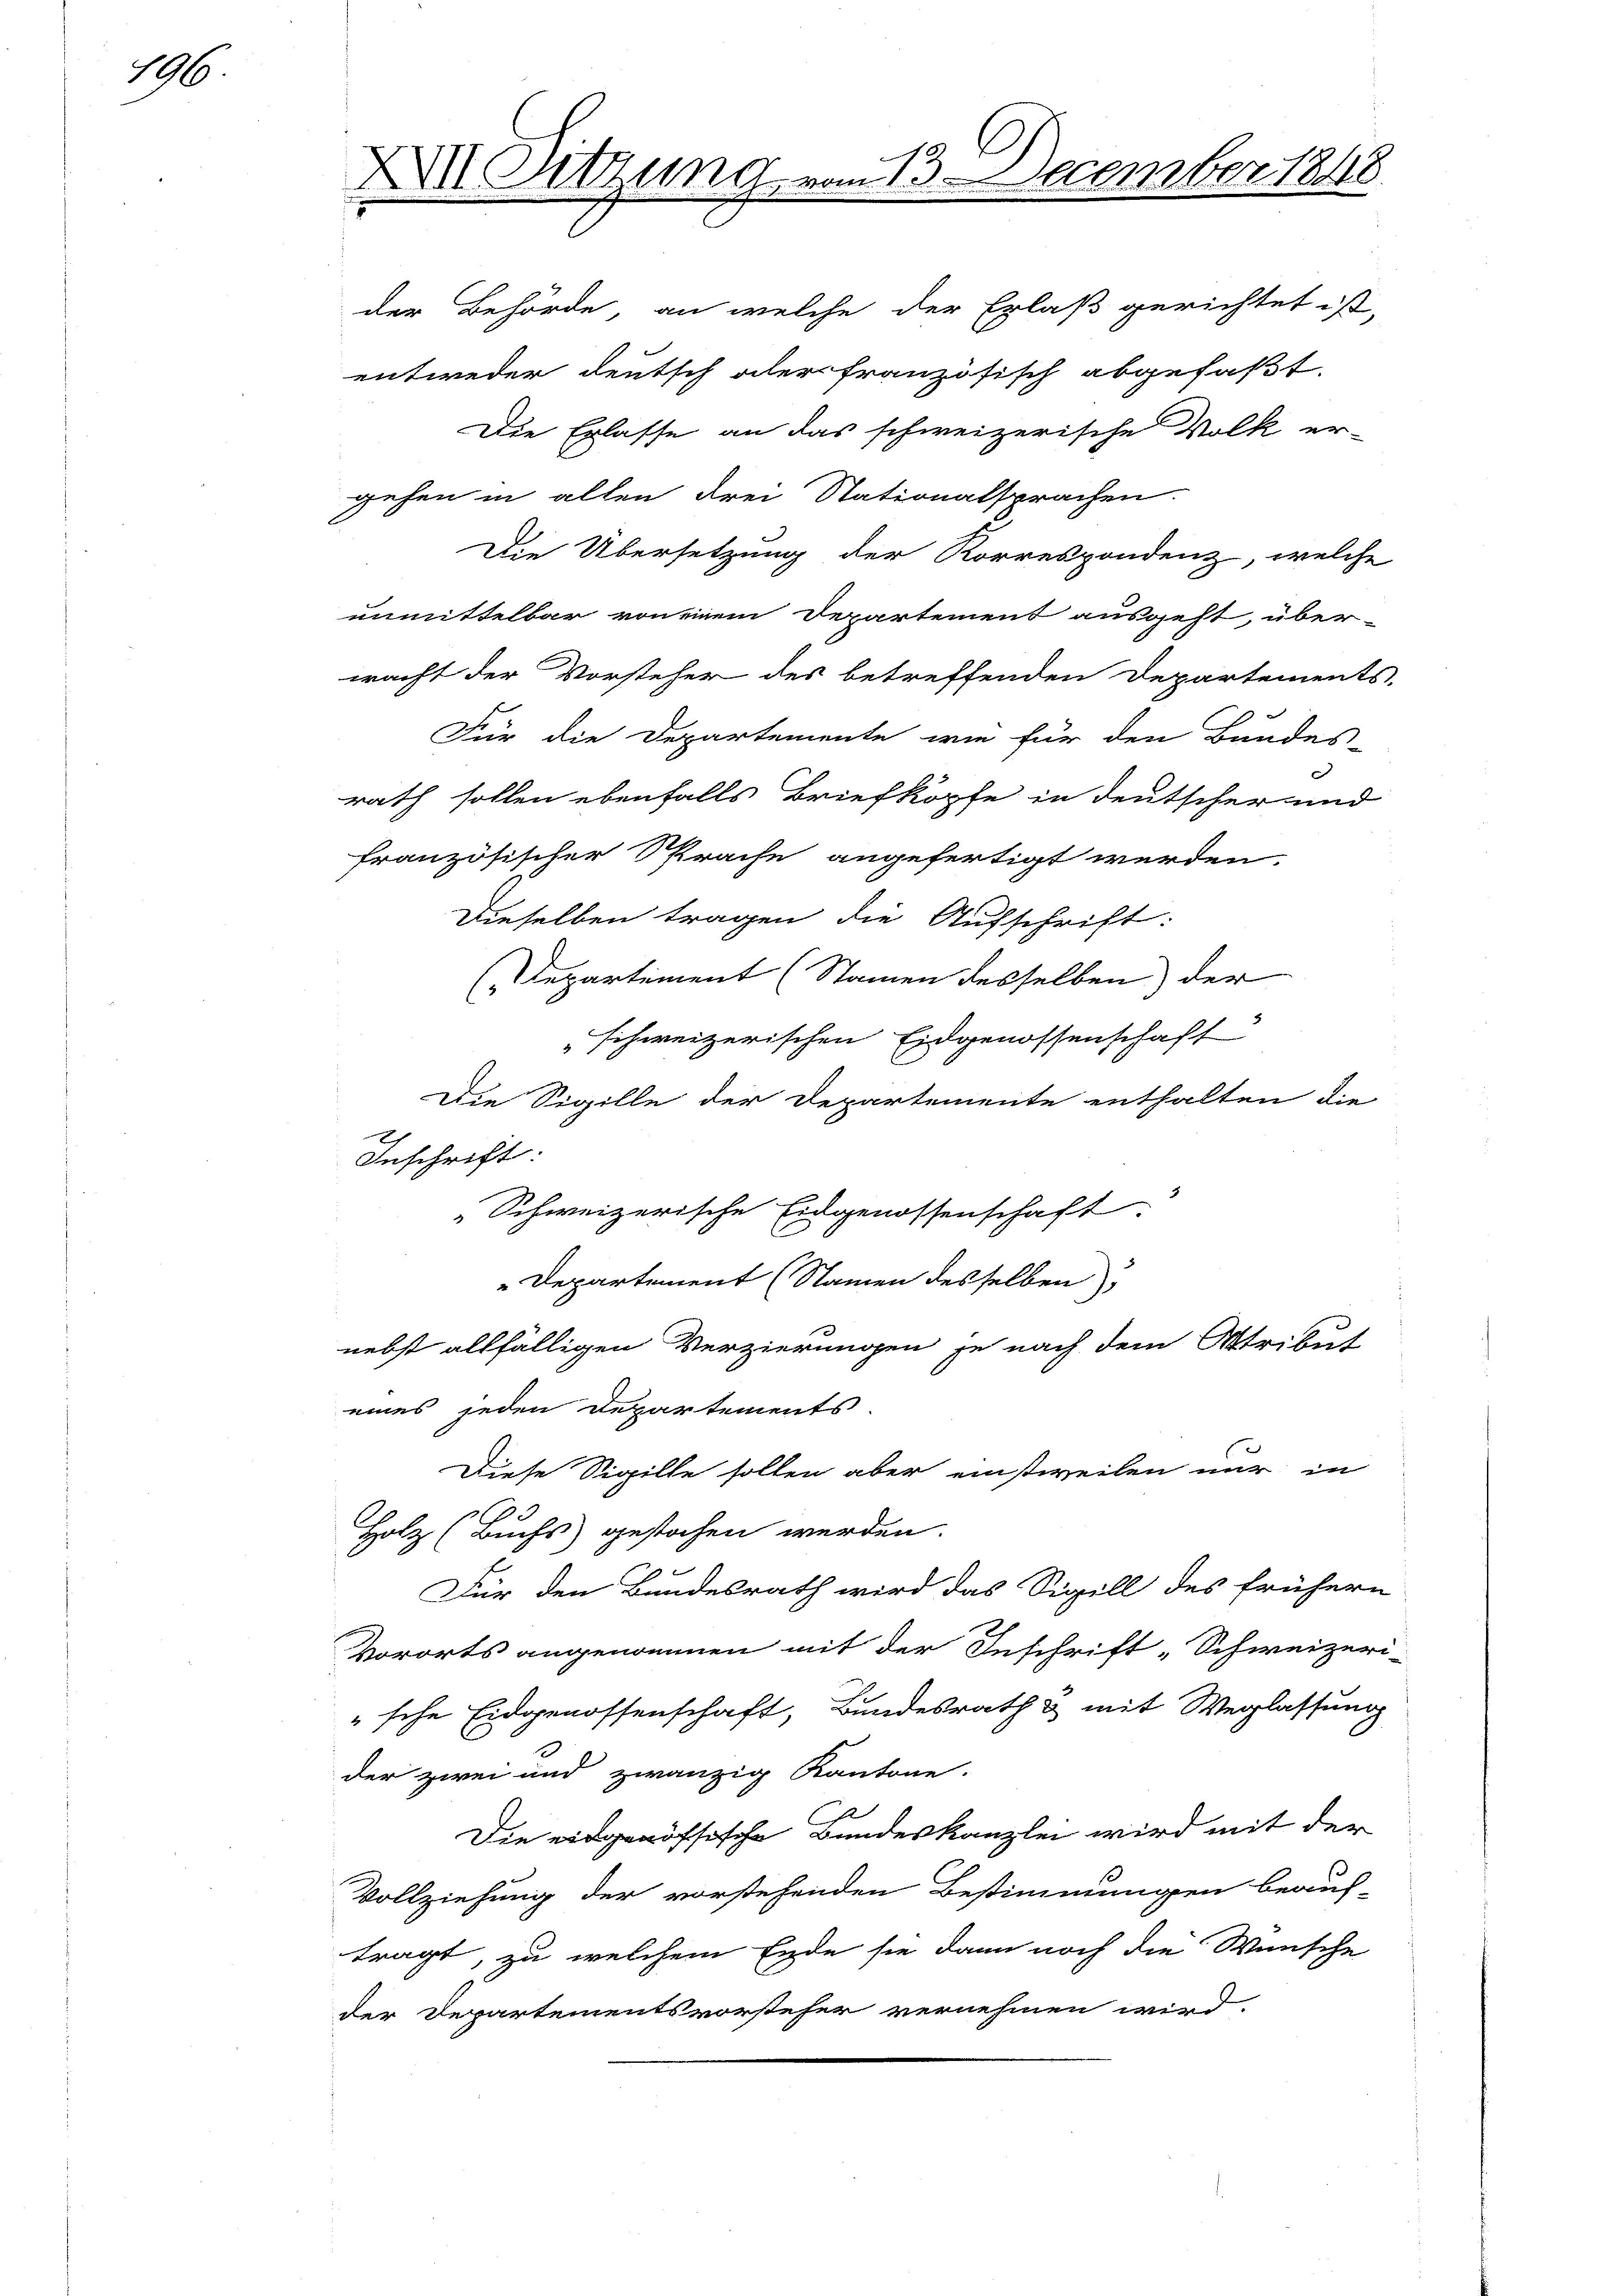
196

A Sitzung vom 13. December 1848

Die Erlasse an das schweizerische Volk er-
gehen in allen drei Stationalsprachen.
Die Übersetzung der Korrespondenz, welche
unmittelbar von einem Departement ausgeht, über-
wacht der Vorsteher des betreffenden Departements-
Für die Departemente wie für den Bundes-
rath sollen ebenfalls Briefköpfe in deutscher und
französischer Sprache angefertigt werden.
Dieselben tragen die Aufschrift:
(Departement (Stammen desselben der
schweizerischen Eidgenossenschaff
Die Sigille der Departemente enthalten die
Inschrift:
„Schweizerische Eidgenossenschaft
"Departement (Namen desselben
nebst allfälligen Verzierungen je nach dem Attribut
eines jeden Departements.
Diese Sigille sollen aber einstweilen nur in
.
Holz (Buchs gestochen werden.
Für den Bundesrath wird das Sigill des frühern
Vororts angenommen mit der Inschrift „Schweizeri-
"sche Eidgenossenschaft, Bundesrath & mit Weglassung
der zwei und zwanzig Kantone.
Die eidgenössische Bundeskanzlei wird mit der
Vollziehung der vorstehenden Bestimmungen beauf-
tragt, zu welchem Ende sie dann noch die Wünsche
der Departementsvorsteher vernehmen wird.

der Behörde, an welche der Erlaß gerichtet ist,
entweder deutsch aler französisch abgefaßt